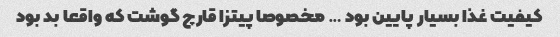
کیفیت غذا بسیار پایین بود … مخصوصا پیتزا قارچ گوشت که واقعا بد بود